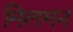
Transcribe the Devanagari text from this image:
मिलमन